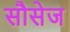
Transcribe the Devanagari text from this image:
सौसेज